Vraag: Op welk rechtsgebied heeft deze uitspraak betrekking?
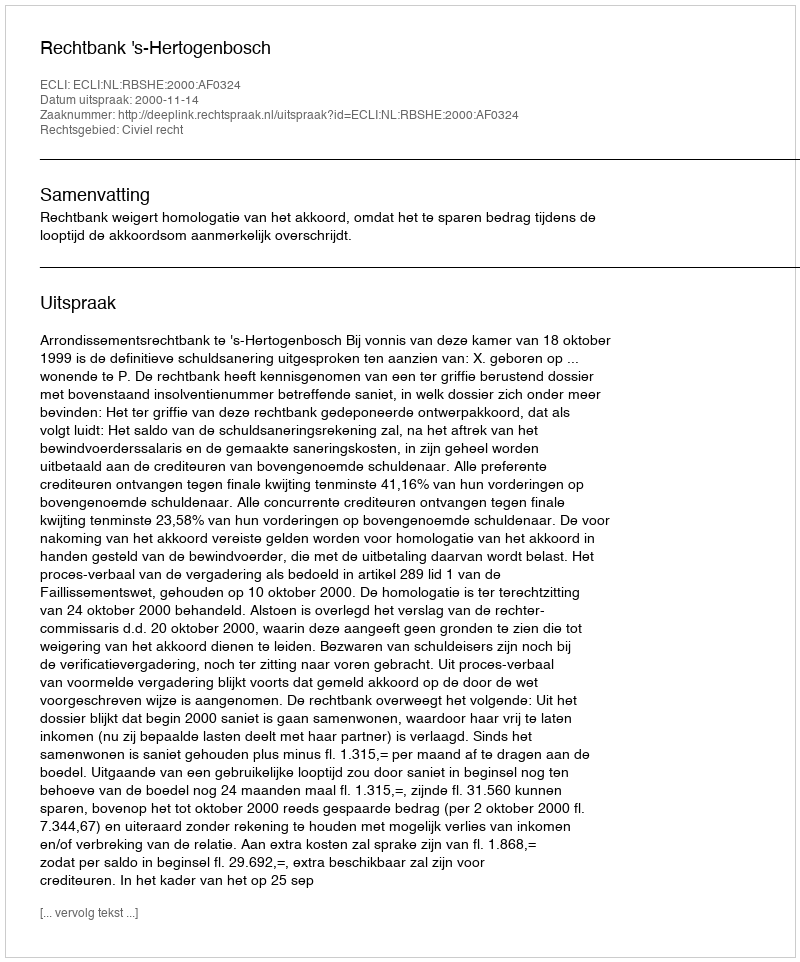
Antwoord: Civiel recht